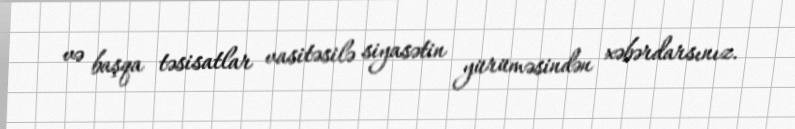
və başqa təsisatlar vasitəsilə siyasətin yürüməsindən xəbərdarsınız.